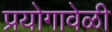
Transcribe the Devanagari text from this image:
प्रयोगावेळी